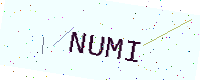
Text: NUMI